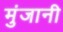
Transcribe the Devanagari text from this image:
मुंजानी